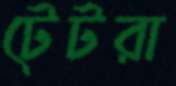
টেটরা